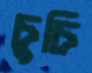
চুচি